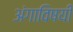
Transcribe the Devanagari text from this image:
अंगाविषयी